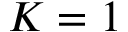
K = 1